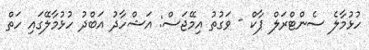
ހުޅުމާލެ ސެންޓްރަލް ޕާކް - ވަގުތު އިމޭޖަސް: އަޝްހާދު އަބްދު ހުޅުމާލޭގައި ހަތް